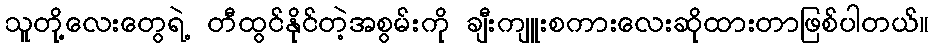
သူတို့လေးတွေရဲ့ တီထွင်နိုင်တဲ့အစွမ်းကို ချီးကျူးစကားလေးဆိုထားတာဖြစ်ပါတယ်။